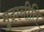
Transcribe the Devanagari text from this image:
मुद्रानीति